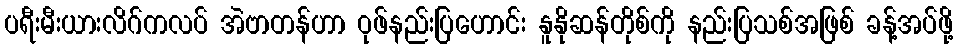
ပရီးမီးယားလိဂ်ကလပ် အဲဗာတန်ဟာ ဝုဖ်နည်းပြဟောင်း နူနိုဆန်တိုစ်ကို နည်းပြသစ်အဖြစ် ခန့်အပ်ဖို့